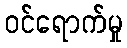
ဝင်ရောက်မှု